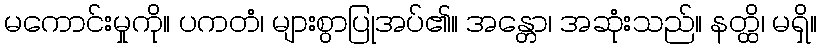
မကောင်းမှုကို။ ပကတံ၊ များစွာပြုအပ်၏။ အန္တော၊ အဆုံးသည်။ နတ္ထိ၊ မရှိ။